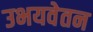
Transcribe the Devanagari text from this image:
उभयवेतन